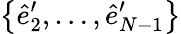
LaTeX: \big\{ \hat{e}_{2}^{\prime},\dots,\hat{e}_{N-1}^{\prime}\big\}